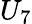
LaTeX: U_{7}